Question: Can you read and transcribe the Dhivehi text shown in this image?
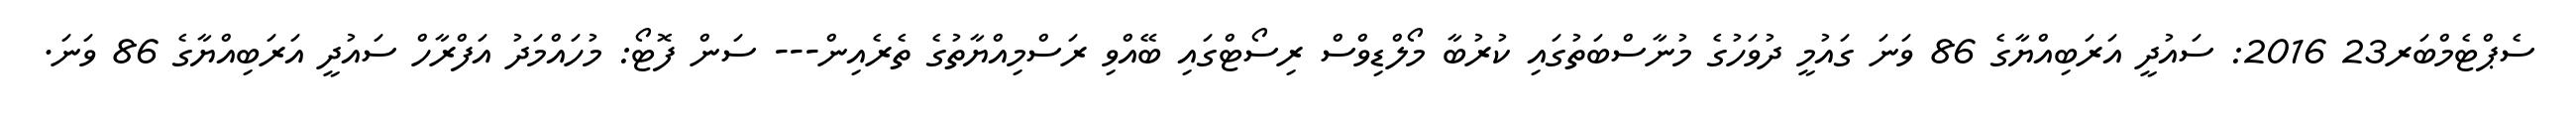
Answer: ސެޕްޓެމްބަރ23 2016: ސައުދީ އަރަބިއްޔާގެ 86 ވަނަ ގައުމީ ދުވަހުގެ މުނާސްބަތުގައި ކުރުބާ މޯލްޑިވްސް ރިސޯޓްގައި ބޭއްވި ރަސްމިއްޔާތުގެ ތެރެއިން--- ސަން ފޮޓޯ: މުހައްމަދު އަފްރާހް ސައުދީ އަރަބިއްޔާގެ 86 ވަނަ.